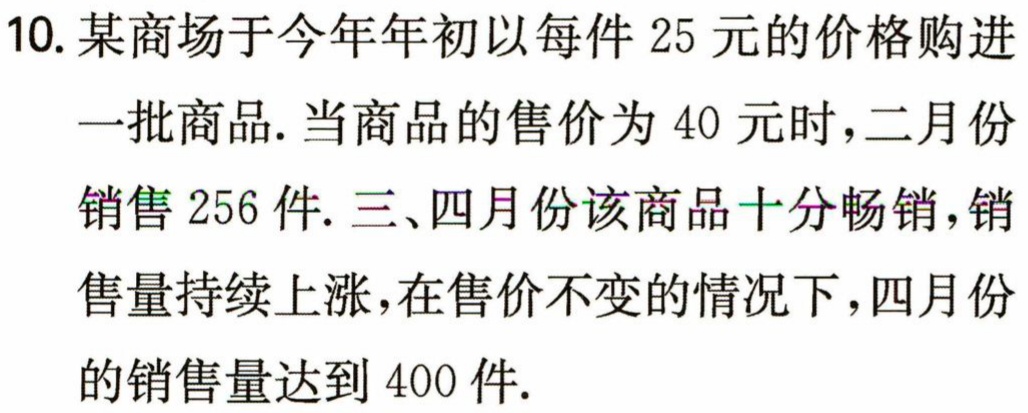
10. 某商场于今年年初以每件 25 元的价格购进一批商品. 当商品的售价为 40 元时，二月份销售 256 件. 三、四月份该商品十分畅销，销售量持续上涨，在售价不变的情况下，四月份的销售量达到 400 件.